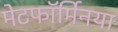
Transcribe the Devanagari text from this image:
मेटफॉर्मिनया